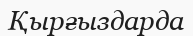
Қырғыздарда